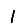
Digit: 1